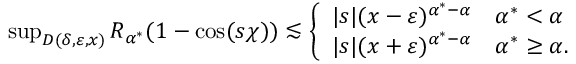
\begin{array} { r } { \operatorname* { s u p } _ { D ( \delta , { \varepsilon } , x ) } R _ { \alpha ^ { * } } ( 1 - \cos ( s \chi ) ) \lesssim \left\{ \begin{array} { l l } { | s | ( x - { \varepsilon } ) ^ { \alpha ^ { * } - \alpha } } & { \alpha ^ { * } < \alpha } \\ { | s | ( x + { \varepsilon } ) ^ { \alpha ^ { * } - \alpha } } & { \alpha ^ { * } \geq \alpha . } \end{array} \right. } \end{array}